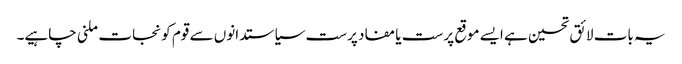
یہ بات لائق تحسین ہے ایسے موقع پرست یا مفاد پرست سیاستدانوں سے قوم کو نجات ملنی چاہیے۔